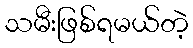
သမီးဖြစ်ရမယ်တဲ့